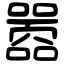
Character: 嚣